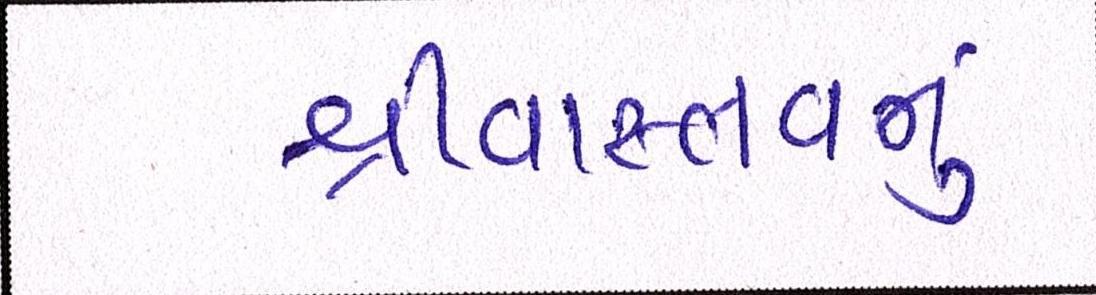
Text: શ્રીવાસ્તવનું